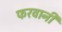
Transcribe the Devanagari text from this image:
फरवानी